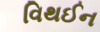
વિથઈન